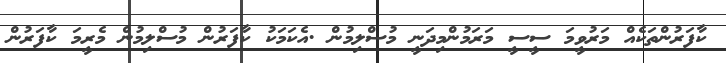
ކާފަރުންތަކެއް މަރުވީމަ ސީސީ މަރަމުންމިދަނީ މުސްލިމުން .އެކަމަކު ކާފަރުން މުސްލިމުން މެރީމަ ކާފަރުން